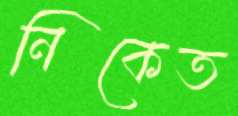
নিকেত